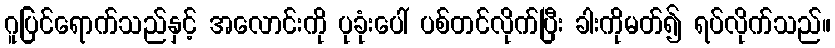
ဂူပြင်ရောက်သည်နှင့် အလောင်းကို ပုခုံးပေါ် ပစ်တင်လိုက်ပြီး ခါးကိုမတ်၍ ရပ်လိုက်သည်။